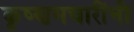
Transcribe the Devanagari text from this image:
कृष्णमचारींनी